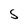
Character: S